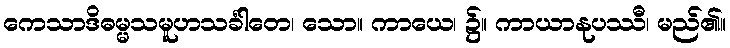
ကေသာဒိဓမ္မသမူဟသင်္ခါတေ၊ သော။ ကာယေ၊ ၌။ ကာယာနုပဿီ၊ မည်၏။